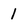
Character: 1